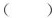
()